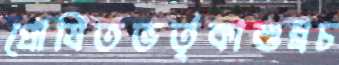
প্রোষিতভর্তৃকাশুধ্‌রচ